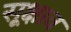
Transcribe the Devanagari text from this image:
सूक्षाव